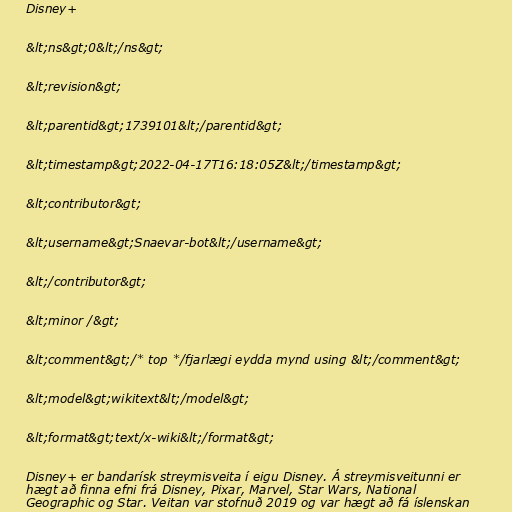
Disney+

&lt;ns&gt;0&lt;/ns&gt;

&lt;revision&gt;

&lt;parentid&gt;1739101&lt;/parentid&gt;

&lt;timestamp&gt;2022-04-17T16:18:05Z&lt;/timestamp&gt;

&lt;contributor&gt;

&lt;username&gt;Snaevar-bot&lt;/username&gt;

&lt;/contributor&gt;

&lt;minor /&gt;

&lt;comment&gt;/* top */fjarlægi eydda mynd using &lt;/comment&gt;

&lt;model&gt;wikitext&lt;/model&gt;

&lt;format&gt;text/x-wiki&lt;/format&gt;

Disney+ er bandarísk streymisveita í eigu Disney. Á streymisveitunni er
hægt að finna efni frá Disney, Pixar, Marvel, Star Wars, National
Geographic og Star. Veitan var stofnuð 2019 og var hægt að fá íslenskan